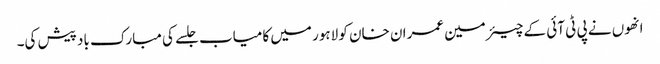
انھوں نے پی ٹی آئی کے چیئرمین عمران خان کو لاہور میں کامیاب جلسے کی مبارک باد پیش کی۔